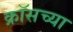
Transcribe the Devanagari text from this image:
क्रॉसच्या